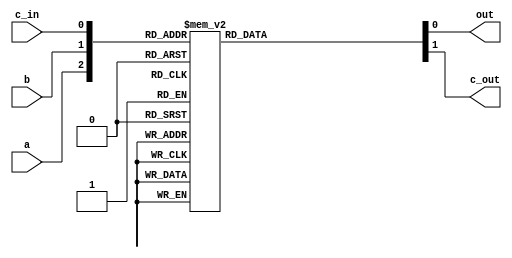
// somador combinacional de 8 bits

module soma1bit (
    input a,
    input b,
    input c_in,
    output out,
    output c_out);

    reg o, c;
    assign out = o;
    assign c_out = c;

    always @(a, b, c_in) begin
        case ({a, b, c_in})
            3'b000: begin
                o <= 0;
                c <= 0;
            end
            3'b001: begin
                o <= 1;
                c <= 0;
            end
            3'b010: begin
                o <= 1;
                c <= 0;
            end
            3'b011: begin
                o <= 0;
                c <= 1;
            end
            3'b100: begin
                o <= 1;
                c <= 0;
            end
            3'b101: begin
                o <= 0;
                c <= 1;
            end
            3'b110: begin
                o <= 0;
                c <= 1;
            end
            3'b111: begin
                o <= 1;
                c <= 1;
            end
        endcase
    end

endmodule


    module soma4bits(
        input [3:0] a,
        input [3:0] b,
        output [3:0] o_out,
        output c_out);

wire carry0;
wire carry1;
wire carry2;

soma1bit S1(a[0], b[0], 1'b0 , o_out[0], carry0);
soma1bit S2(a[1], b[1], carry0, o_out[1], carry1);
soma1bit S3(a[2], b[2], carry1, o_out[2], carry2);
soma1bit S4(a[3], b[3], carry2, o_out[3], c_out);

endmodule

module test;

reg [3:0] a;
reg [3:0] b;
wire [3:0] o;
wire c;

soma4bits S1(a, b, o, c);

initial begin
    $dumpvars(0, S1);
    a <= 0;
    b <= 0;
#2
    a <= 10;
    b <= 6;
#2
    a <= 9;
    b <= 2;
#2
    a <= 4;
    b <= 2;
#2;
$finish;
end



endmodule